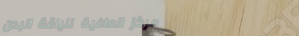
مركز العافية للياقة البدن